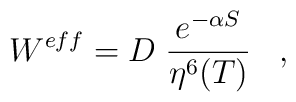
W^{eff} = D\; \frac{e^{-\alpha S} }{\eta^6(T)}\;\;\;,